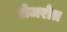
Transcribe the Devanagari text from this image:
टोजरोत